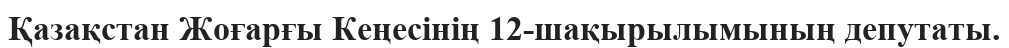
Қазақстан Жоғарғы Кеңесінің 12-шақырылымының депутаты.